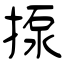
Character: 揼